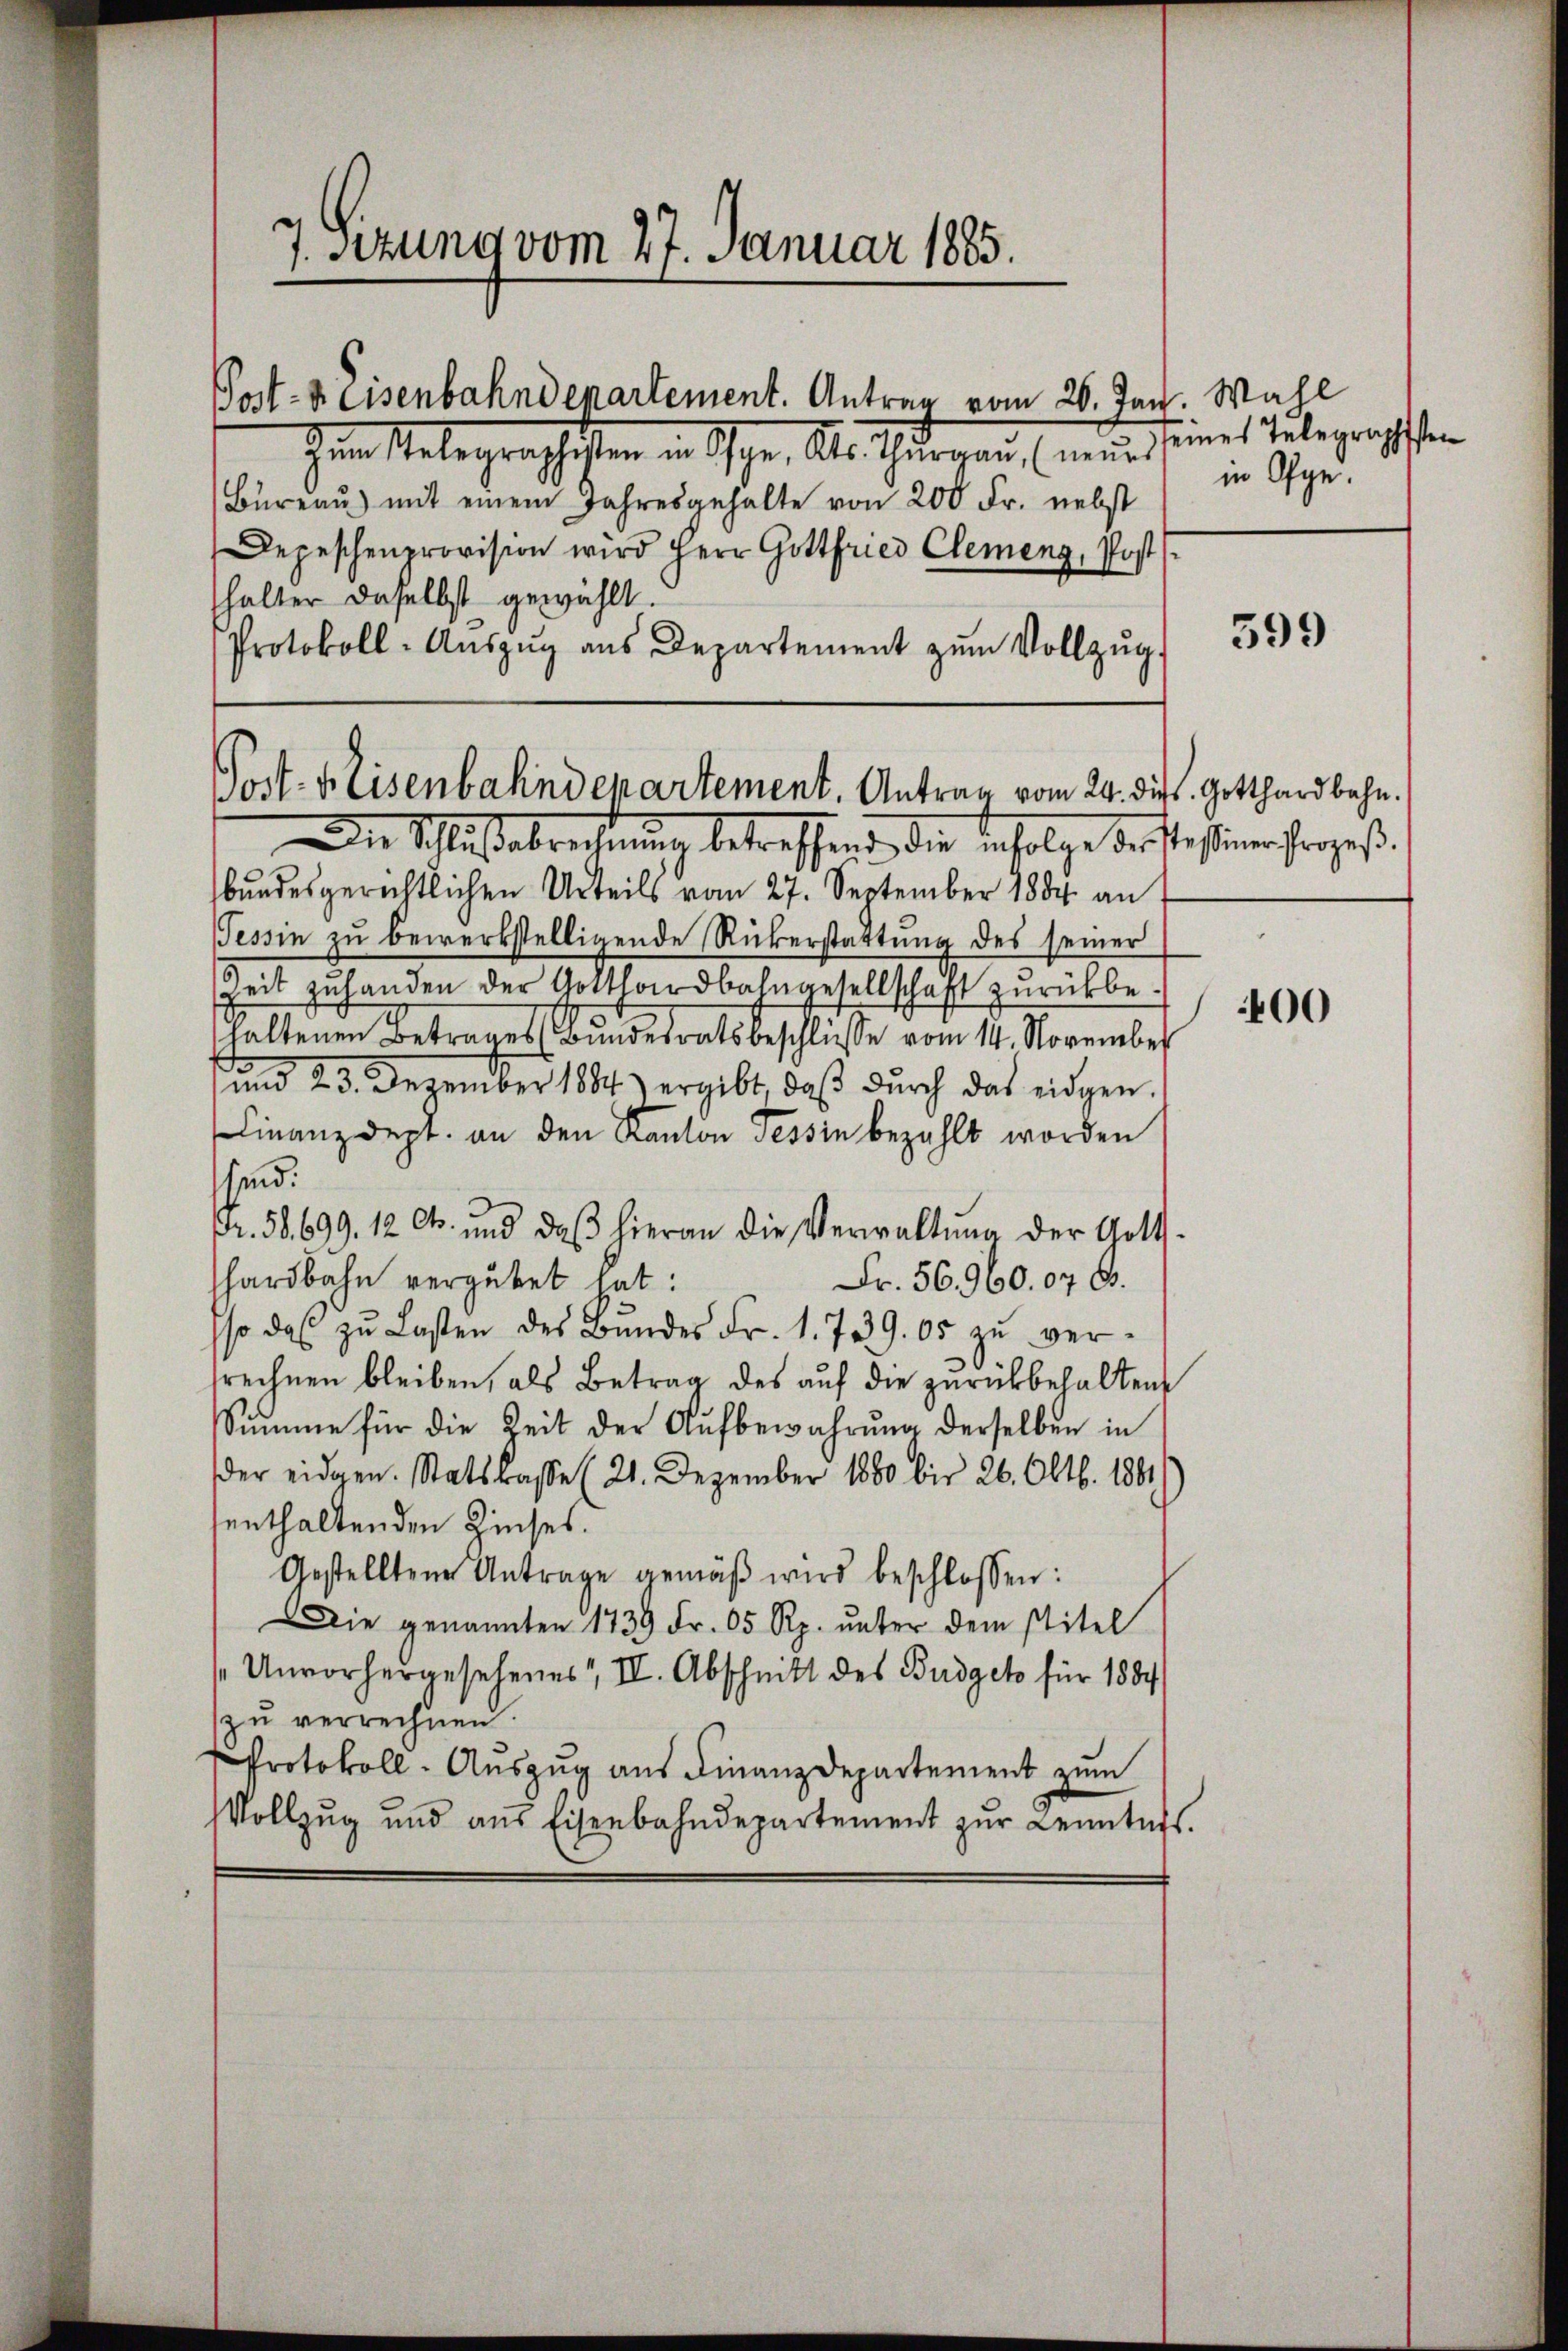
7. Sitzung vom 27. Januar 1885.

Post- & Eisenbahndepartement. Antrag vom 26. Jan. Wahl

Zum Stelegraphisten in Sche. Als Thurgau, nun seines Telegraphen
Büreaŭ) mit einem Jahresgehalte von 200 Fr. nebst
Depeschenprovision wird Herr Gottfried Clemenz, Post
halter daselbst gewählt.
Protokoll-Aŭszŭg aŭs Departement zŭm Vollzŭg.

Die Schlußabrechnung betreffend die infolge derstessinen Prozeßbundesgerichtlichen Urteils vom 27. September 1884 an
Tessin zŭ bewerkstelligende Rükerstattung des seiner
Zeit zu handen der Gotthardbahngesellschaft zurückbehaltenen Betrages Bundesratsbeschliesse vom 14. November
und 23. Dezember 1884) ergibt, daβ dŭrch das eidgen.
Finanzdept. an den Kanton Tessin bezahlt worden
sind.
r. 58. 699. 12 Ct. und daβ hieran die Verwaltŭng der Gott-
hardbahn vergütet hat:
Fr. 56960. 07 6.
so das zu Lasten des Bundes Fr. 1. 739. 05 zŭ ver-
trechnen bleiben, als Betrag des auf die zurückbehalten
Summe für die Zeit der Aŭfbewahrung derselben in
der eidgen. Statskasse (21. Dezember 1880 bis 26. Oktb. 1881
senthaltenden Zinses.
Gestelltene Antrage gemäβ wird beschlossen:
Die genannten 1739 Fr. 65 Rp. unter dem stitel
Unvorhergesehenes II. Abschnitt des Budget für 1884
zŭ verrechnen.
Protokoll. Auszug aus Finanzdepartement zum
Vollzŭg und aus Eisenbahndepartement zŭr Kenntnis.

Post-Keisenbahndepartement. Antrag vom 24. dies. Gotthardbahn.

in Ofge.

599

400